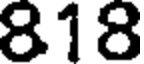
818